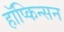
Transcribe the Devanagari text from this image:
हॉप्किन्सन